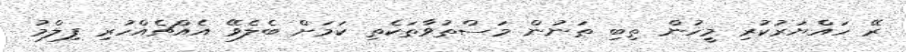
ރޭ ހައްޔަރުކުރި މީހުން ތިބި ތަނުން މަސްތުވާތަކެތި ކަމަށް ބެލެވޭ އެއްޗެއްހުރި ފިލްމު